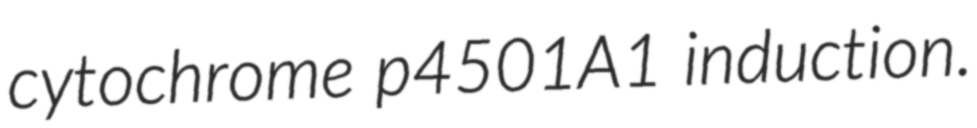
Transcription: cytochrome p4501A1 induction.